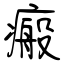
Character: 瘢